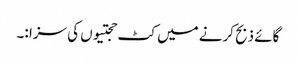
گائے ذبح کرنے میں کٹ حجتیوں کی سزا :۔